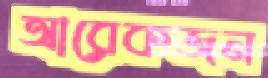
আরেকজন